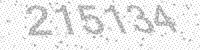
Solution: 215134